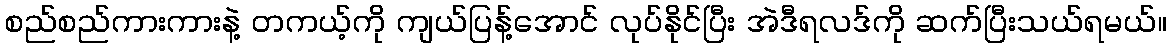
စည်စည်ကားကားနဲ့ တကယ့်ကို ကျယ်ပြန့်အောင် လုပ်နိုင်ပြီး အဲဒီရလဒ်ကို ဆက်ပြီးသယ်ရမယ်။